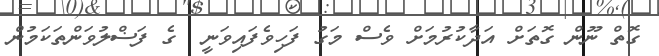
ގޮތް ނޫން ގޮތަށް އަދާކުރުމަށް ވެސް މަގު ފަހިވެފައިވަނީ  ގެ ފަޟްލުވަންތަކަމުން